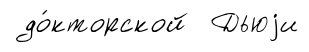
до́кторской Дьюjи